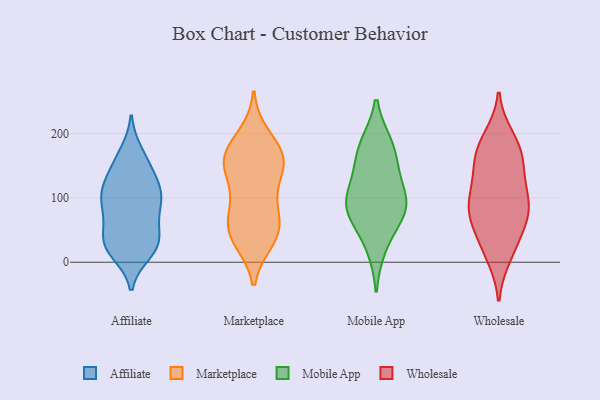
{"axis": {"x": "Market Share (%)", "y": "Value"}, "legend": ["Affiliate", "Marketplace", "Mobile App", "Wholesale"], "data": [{"x": "", "y": 70, "type": "Affiliate"}, {"x": "", "y": 40, "type": "Affiliate"}, {"x": "", "y": 28, "type": "Affiliate"}, {"x": "", "y": 15, "type": "Affiliate"}, {"x": "", "y": 90, "type": "Affiliate"}, {"x": "", "y": 69, "type": "Affiliate"}, {"x": "", "y": 21, "type": "Affiliate"}, {"x": "", "y": 153, "type": "Affiliate"}, {"x": "", "y": 29, "type": "Affiliate"}, {"x": "", "y": 83, "type": "Affiliate"}, {"x": "", "y": 100, "type": "Affiliate"}, {"x": "", "y": 170, "type": "Affiliate"}, {"x": "", "y": 27, "type": "Affiliate"}, {"x": "", "y": 132, "type": "Affiliate"}, {"x": "", "y": 106, "type": "Affiliate"}, {"x": "", "y": 31, "type": "Affiliate"}, {"x": "", "y": 159, "type": "Affiliate"}, {"x": "", "y": 116, "type": "Affiliate"}, {"x": "", "y": 115, "type": "Affiliate"}, {"x": "", "y": 113, "type": "Affiliate"}, {"x": "", "y": 196, "type": "Marketplace"}, {"x": "", "y": 34, "type": "Marketplace"}, {"x": "", "y": 164, "type": "Marketplace"}, {"x": "", "y": 158, "type": "Marketplace"}, {"x": "", "y": 104, "type": "Marketplace"}, {"x": "", "y": 34, "type": "Marketplace"}, {"x": "", "y": 56, "type": "Marketplace"}, {"x": "", "y": 140, "type": "Marketplace"}, {"x": "", "y": 44, "type": "Marketplace"}, {"x": "", "y": 92, "type": "Marketplace"}, {"x": "", "y": 57, "type": "Marketplace"}, {"x": "", "y": 150, "type": "Marketplace"}, {"x": "", "y": 162, "type": "Marketplace"}, {"x": "", "y": 151, "type": "Marketplace"}, {"x": "", "y": 70, "type": "Marketplace"}, {"x": "", "y": 182, "type": "Marketplace"}, {"x": "", "y": 134, "type": "Mobile App"}, {"x": "", "y": 65, "type": "Mobile App"}, {"x": "", "y": 183, "type": "Mobile App"}, {"x": "", "y": 150, "type": "Mobile App"}, {"x": "", "y": 90, "type": "Mobile App"}, {"x": "", "y": 97, "type": "Mobile App"}, {"x": "", "y": 23, "type": "Mobile App"}, {"x": "", "y": 91, "type": "Mobile App"}, {"x": "", "y": 183, "type": "Mobile App"}, {"x": "", "y": 81, "type": "Mobile App"}, {"x": "", "y": 194, "type": "Wholesale"}, {"x": "", "y": 112, "type": "Wholesale"}, {"x": "", "y": 107, "type": "Wholesale"}, {"x": "", "y": 30, "type": "Wholesale"}, {"x": "", "y": 73, "type": "Wholesale"}, {"x": "", "y": 146, "type": "Wholesale"}, {"x": "", "y": 171, "type": "Wholesale"}, {"x": "", "y": 10, "type": "Wholesale"}, {"x": "", "y": 162, "type": "Wholesale"}, {"x": "", "y": 108, "type": "Wholesale"}, {"x": "", "y": 186, "type": "Wholesale"}, {"x": "", "y": 71, "type": "Wholesale"}, {"x": "", "y": 21, "type": "Wholesale"}, {"x": "", "y": 75, "type": "Wholesale"}, {"x": "", "y": 82, "type": "Wholesale"}, {"x": "", "y": 69, "type": "Wholesale"}, {"x": "", "y": 157, "type": "Wholesale"}]}